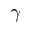
{ \boldsymbol \gamma }